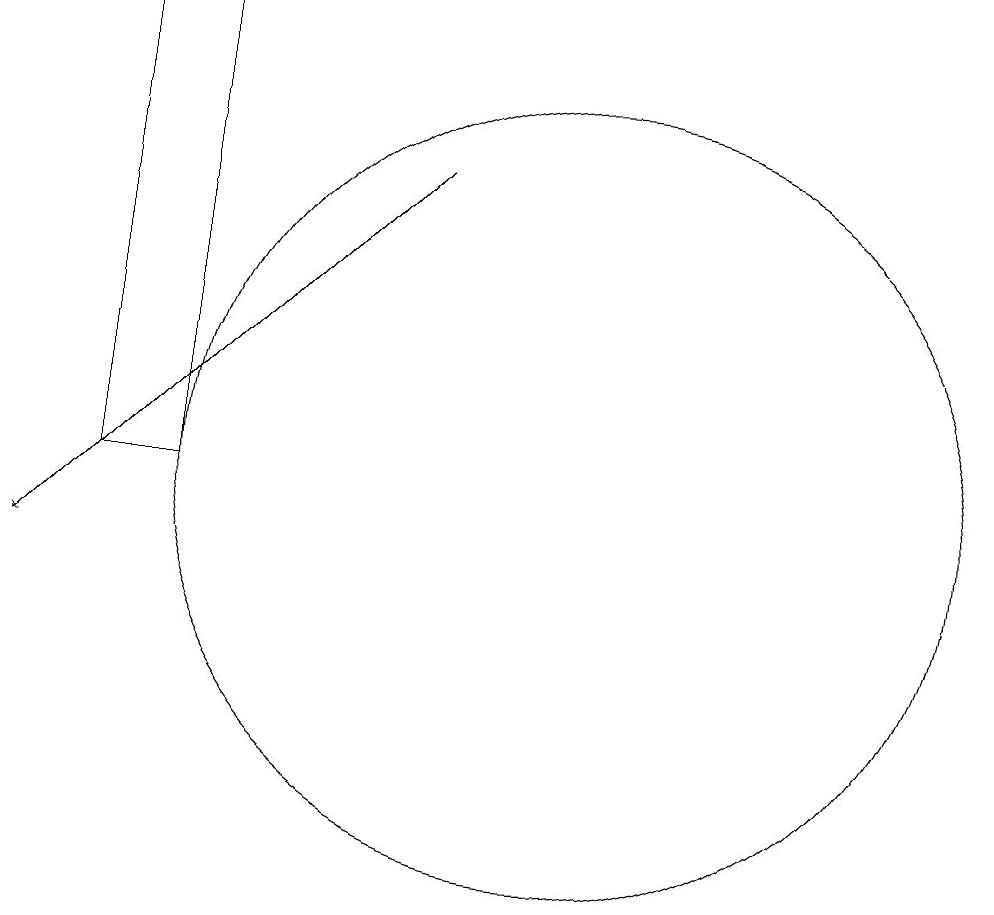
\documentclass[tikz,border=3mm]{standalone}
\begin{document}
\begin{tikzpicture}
\draw[->] (8,15) -- (3,10);
\draw (10,11) circle (5);
\draw (5,11) rectangle (4,17);
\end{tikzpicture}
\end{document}